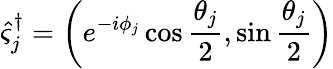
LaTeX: \hat{\varsigma}_{j}^{\dagger}=\left(e^{-i\phi_{j}}\cos\frac{\theta_{j}}{2},\sin\frac{\theta_{j}}{2}\right)